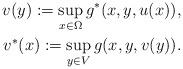
LaTeX: \begin{align*} v(y):= \sup_{x \in \Omega}g^*(x,y,u(x)),\\ v^*(x) := \sup_{y \in V}g(x,y,v(y)). \end{align*}